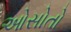
ઓસોતો